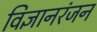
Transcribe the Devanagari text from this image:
विज्ञानरंजन